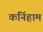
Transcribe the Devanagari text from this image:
कनिंहाम